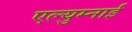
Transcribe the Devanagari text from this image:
एल्युम्नाई